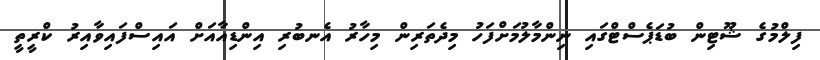
ފިލްމުގެ ޝޫޓިން ބުޑަޕެސްޓްގައި ނިންމާލުމަށްފަހު މިދެތަރިން މިހާރު އެނބުރި އިންޑިއާއަށް އައިސްފައިވާއިރު ކްރީތީ